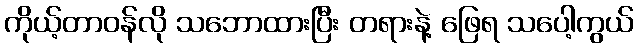
ကိုယ့်တာဝန်လို သဘောထားပြီး တရားနဲ့ ဖြေရ သပေါ့ကွယ်